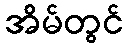
အိမ်တွင်